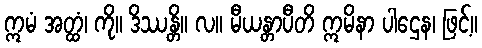
ဣမံ အတ္ထံ၊ ကို။ ဒိဿန္တိ။ လ။ မီယန္တာပီတိ ဣမိနာ ပါဌေန၊ ဖြင့်။